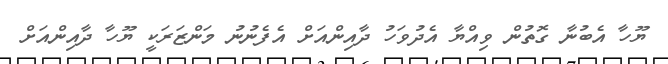
ޔޫހާ އެބުނާ ގޮތުން ވިއްޔާ އެދުވަހު ދާއިންއަށް އެފެނުނު މަންޒަރަކީ ޔޫހާ ދާއިންއަށް